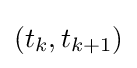
{\textstyle (t_{k},t_{k+1})}